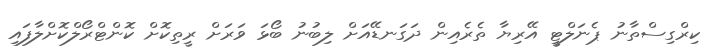
ކިރްގިސްތާނު ޕެނަލްޓީ އޭރިޔާ ތެރެއިން ދަގަނޑޭއަށް ލިބުނު ބޯޅަ ވަރަށް ރީތިކޮށް ކޮންޓްރޯލްކޮށްލާފައި